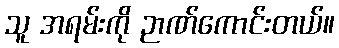
သူ အရမ်းကို ဉာဏ်ကောင်းတယ်။